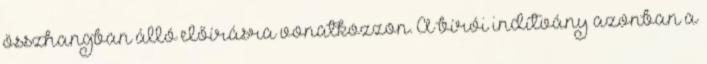
összhangban álló előírásra vonatkozzon. A bírói indítvány azonban a